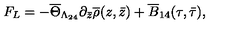
F _ { L } = - \overline { { \Theta } } _ { \Lambda _ { 2 4 } } \partial _ { \bar { z } } \overline { { \rho } } ( z , \bar { z } ) + \overline { { B } } _ { 1 4 } ( \tau , \bar { \tau } ) ,